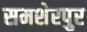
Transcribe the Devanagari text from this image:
समशेरपुर